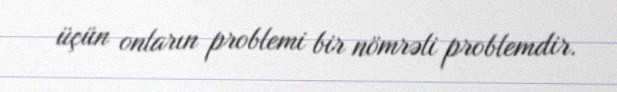
üçün onların problemi bir nömrəli problemdir.